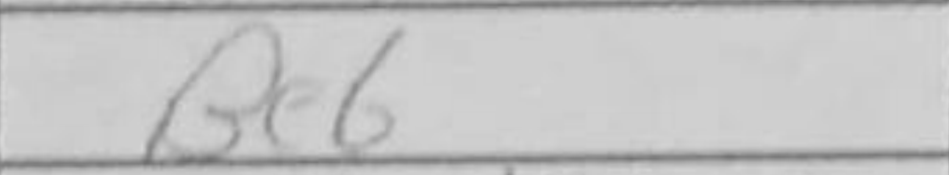
Transcription: Be6